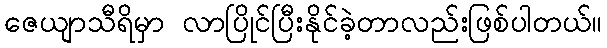
ဇေယျာသီရိမှာ လာပြိုင်ပြီးနိုင်ခဲ့တာလည်းဖြစ်ပါတယ်။